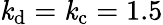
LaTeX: \mathit{k}_{\mathrm{{d}}}=\mathit{k}_{\mathrm{{c}}}=1.5